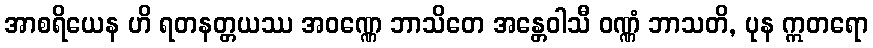
အာစရိယေန ဟိ ရတနတ္တယဿ အဝဏ္ဏေ ဘာသိတေ အန္တေဝါသီ ဝဏ္ဏံ ဘာသတိ, ပုန ဣတရော